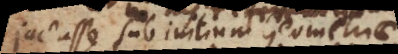
Jactavit sub initium Geometriae